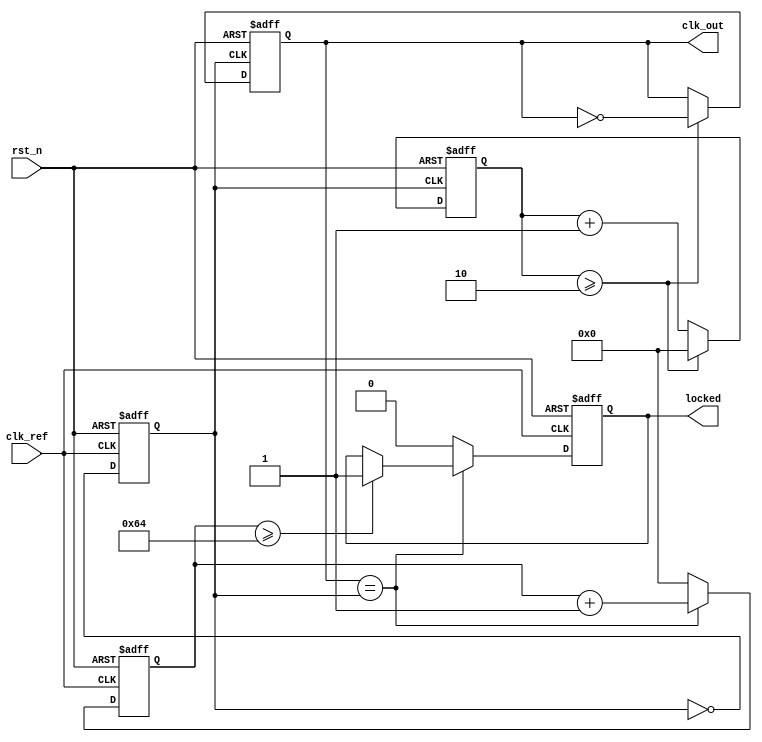
module parameterized_PLL #(
    parameter INPUT_FREQUENCY = 50_000_000, // Reference clock frequency in Hz
    parameter OUTPUT_FREQUENCY = 100_000_000, // Desired output frequency in Hz
    parameter FEEDBACK_DIVIDER = 2, // Divider value for feedback
    parameter PHASE_OFFSET = 0, // Phase offset in degrees
    parameter LOCK_TIME = 100 // Lock time constant in clock cycles
)(
    input wire clk_ref, // Reference clock input
    input wire rst_n, // Active low reset
    output reg clk_out, // Output clock
    output reg locked // Lock status output
);

    // Internal signals
    reg [1:0] phase_detector_out; // Output of the phase detector
    reg [31:0] control_voltage; // Control voltage for VCO
    reg [31:0] vco_frequency; // Frequency of the VCO
    reg [31:0] feedback_divider_count; // Counter for feedback divider
    reg [31:0] lock_counter; // Counter for lock detection
    reg vco_out; // VCO output signal

    // Phase Frequency Detector (PFD)
    always @(posedge clk_ref or negedge rst_n) begin
        if (!rst_n) begin
            phase_detector_out <= 2'b00;
        end else begin
            // Simple phase detector logic
            // This is a placeholder for actual phase detection logic
            // UP and DOWN signals based on phase comparison
            // For demonstration purposes, we will toggle UP and DOWN
            phase_detector_out <= {phase_detector_out[0], ~phase_detector_out[0]};
        end
    end

    // Charge Pump
    always @(posedge clk_ref or negedge rst_n) begin
        if (!rst_n) begin
            control_voltage <= 32'b0;
        end else begin
            // Charge pump logic
            if (phase_detector_out[1]) begin // UP signal
                control_voltage <= control_voltage + 1;
            end else if (phase_detector_out[0]) begin // DOWN signal
                control_voltage <= control_voltage - 1;
            end
        end
    end

    // Voltage-Controlled Oscillator (VCO)
    always @(posedge clk_ref or negedge rst_n) begin
        if (!rst_n) begin
            vco_frequency <= OUTPUT_FREQUENCY;
            vco_out <= 0;
        end else begin
            // VCO frequency adjustment based on control voltage
            // Placeholder for actual VCO frequency control logic
            vco_frequency <= OUTPUT_FREQUENCY + control_voltage; // Simplified model
            // Generate VCO output clock based on vco_frequency
            // This is a placeholder for actual VCO implementation
            vco_out <= ~vco_out; // Toggle for demonstration
        end
    end

    // Frequency Divider
    always @(posedge vco_out or negedge rst_n) begin
        if (!rst_n) begin
            feedback_divider_count <= 0;
            clk_out <= 0;
        end else begin
            feedback_divider_count <= feedback_divider_count + 1;
            if (feedback_divider_count >= FEEDBACK_DIVIDER) begin
                clk_out <= ~clk_out; // Toggle output clock
                feedback_divider_count <= 0;
            end
        end
    end

    // Lock Detection Logic
    always @(posedge clk_ref or negedge rst_n) begin
        if (!rst_n) begin
            lock_counter <= 0;
            locked <= 0;
        end else begin
            // Simple lock detection logic
            // Increment lock counter if output is stable
            if (clk_out == vco_out) begin
                lock_counter <= lock_counter + 1;
                if (lock_counter >= LOCK_TIME) begin
                    locked <= 1; // PLL is locked
                end
            end else begin
                lock_counter <= 0; // Reset counter if not locked
                locked <= 0;
            end
        end
    end

endmodule